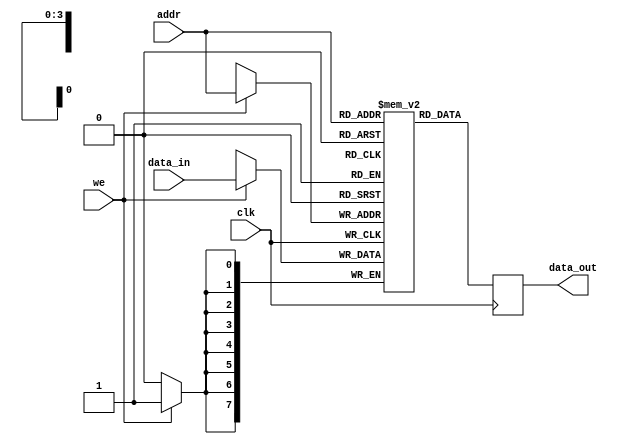
module parameterized_ram #(
    parameter DATA_WIDTH = 8,    // Width of each data word in bits
    parameter ADDR_WIDTH = 4,     // Number of bits for addressing
    parameter DEPTH = 2**ADDR_WIDTH // Total number of memory locations
)(
    input wire clk,               // Clock signal
    input wire we,                // Write enable signal
    input wire [ADDR_WIDTH-1:0] addr, // Address input
    input wire [DATA_WIDTH-1:0] data_in, // Input data for writing
    output reg [DATA_WIDTH-1:0] data_out // Output data for reading
);

    // Memory storage declaration
    reg [DATA_WIDTH-1:0] memory [0:DEPTH-1];

    // Synchronous read and write operations
    always @(posedge clk) begin
        if (we) begin
            // Write operation
            memory[addr] <= data_in;
        end
        // Read operation (always occurs on clock edge)
        data_out <= memory[addr];
    end

    // Optional: Reset functionality (uncomment if needed)
    /*
    input wire rst, // Reset signal
    always @(posedge clk or posedge rst) begin
        if (rst) begin
            integer i;
            for (i = 0; i < DEPTH; i = i + 1) begin
                memory[i] <= {DATA_WIDTH{1'b0}}; // Initialize memory to zeros
            end
        end else begin
            if (we) begin
                memory[addr] <= data_in;
            end
            data_out <= memory[addr];
        end
    end
    */

endmodule